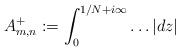
LaTeX: \begin{align*}A_{m,n}^{+}:=\int_{0}^{1/N+i\infty}\dots\left|dz\right|\end{align*}